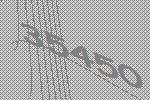
35450